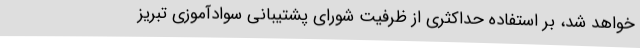
خواهد شد، بر استفاده حداکثری از ظرفیت شورای پشتیبانی سوادآموزی تبریز